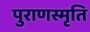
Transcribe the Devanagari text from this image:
पुराणस्मृति